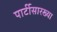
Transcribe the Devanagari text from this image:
पार्टीसारख्या